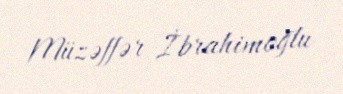
Müzəffər İbrahimoğlu